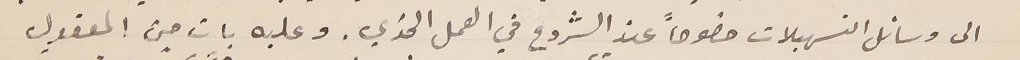
الى وسائل التسهيلات خصوصاً عند الشروع في العمل الجدّي. وعليه بات من المعقول